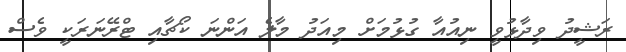
ރަޝީދު ވިދާޅުވީ ނިއުއާ ގުޅުމަށް މިއަދު މާލެ އަންނަ ކޯޗާއި ޓްރޭނަރަކީ ވެސް